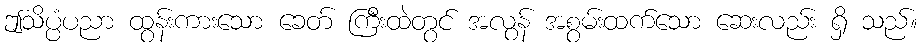
ဤသိပ္ပံပညာ ထွန်းကားသော ခေတ် ကြီးထဲတွင် အလွန် အစွမ်းထက်သော ဆေးလည်း ရှိ သည်။